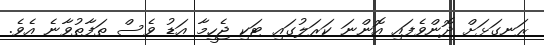
ރަނގަޅަށް ދޮންވެފައި އޮންނަ ކަރަލުގައި ޓަކި ޖެހީމާ އަޑު ވެސް ތަފާތުވާނެ އެވެ.